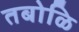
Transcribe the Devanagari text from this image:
तबोळि